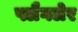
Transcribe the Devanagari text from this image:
फ्लैगलेर